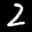
Label: 2